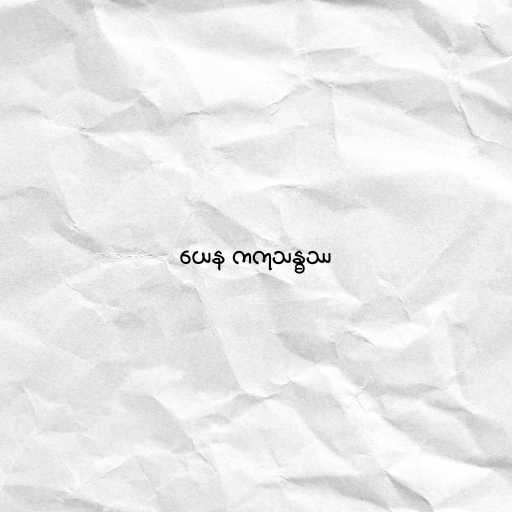
ယေန ကကုသန္ဓဿ